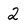
Character: 2